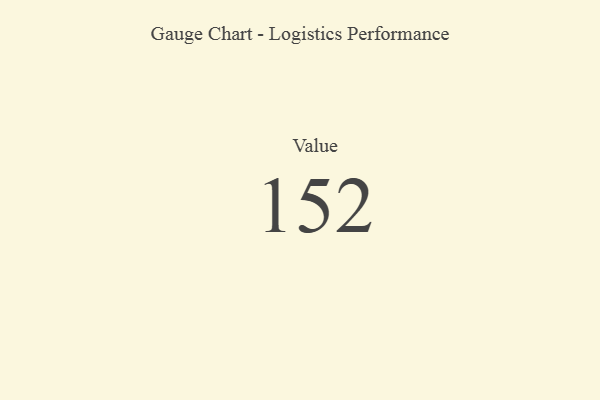
{"axis": {"x": "Metric", "y": "Value"}, "legend": [""], "data": [{"x": "Value", "y": 152, "type": ""}]}